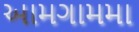
આમગામમા